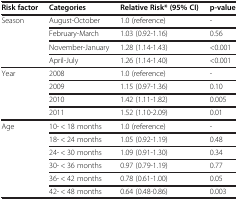
<table><thead><tr><td><b>Risk factor</b></td><td><b>Categories</b></td><td><b>Relative Risk* (95% CI)</b></td><td><b>p-value</b></td></tr></thead><tbody><tr><td rowspan="4">Season</td><td>August-October</td><td>1.0 (reference)</td><td>-</td></tr><tr><td>February-March</td><td>1.03 (0.92-1.16)</td><td>0.56</td></tr><tr><td>November-January</td><td>1.28 (1.14-1.43)</td><td>&lt;0.001</td></tr><tr><td>April-July</td><td>1.26 (1.14-1.40)</td><td>&lt;0.001</td></tr><tr><td rowspan="4">Year</td><td>2008</td><td>1.0 (reference)</td><td>-</td></tr><tr><td>2009</td><td>1.15 (0.97-1.36)</td><td>0.10</td></tr><tr><td>2010</td><td>1.42 (1.11-1.82)</td><td>0.005</td></tr><tr><td>2011</td><td>1.52 (1.10-2.09)</td><td>0.01</td></tr><tr><td rowspan="6">Age</td><td>10- &lt; 18 months</td><td>1.0 (reference)</td><td>-</td></tr><tr><td>18- &lt; 24 months</td><td>1.05 (0.92-1.19)</td><td>0.48</td></tr><tr><td>24- &lt; 30 months</td><td>1.09 (0.91-1.30)</td><td>0.34</td></tr><tr><td>30- &lt; 36 months</td><td>0.97 (0.79-1.19)</td><td>0.77</td></tr><tr><td>36- &lt; 42 months</td><td>0.78 (0.61-1.00)</td><td>0.05</td></tr><tr><td>42- &lt; 48 months</td><td>0.64 (0.48-0.86)</td><td>0.003</td></tr></tbody></table>